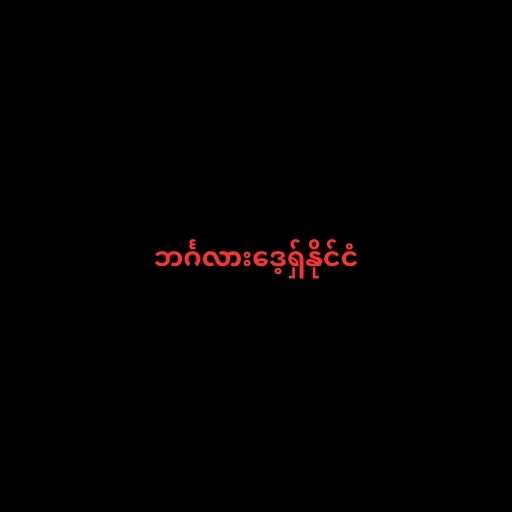
ဘင်္ဂလားဒေ့ရှ်နိုင်ငံ